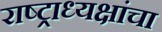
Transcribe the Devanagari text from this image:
राष्ट्राध्यक्षांचा